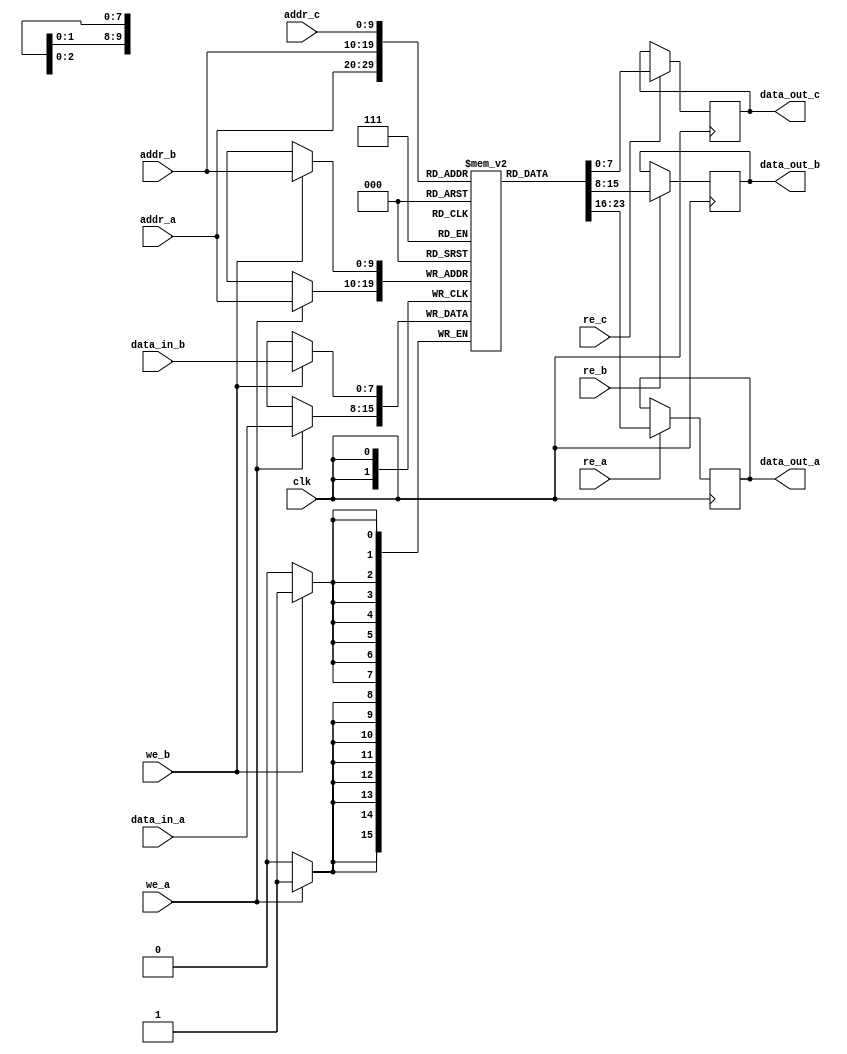
module triple_port_ram #(
    parameter DATA_WIDTH = 8,  // Width of the data bus
    parameter ADDR_WIDTH = 10,  // Width of the address bus
    parameter DEPTH = 1 << ADDR_WIDTH // Depth of the RAM
)(
    // Port A
    input wire [ADDR_WIDTH-1:0] addr_a,
    input wire [DATA_WIDTH-1:0] data_in_a,
    input wire we_a,  // Write Enable for Port A
    input wire re_a,  // Read Enable for Port A
    output reg [DATA_WIDTH-1:0] data_out_a,

    // Port B
    input wire [ADDR_WIDTH-1:0] addr_b,
    input wire [DATA_WIDTH-1:0] data_in_b,
    input wire we_b,  // Write Enable for Port B
    input wire re_b,  // Read Enable for Port B
    output reg [DATA_WIDTH-1:0] data_out_b,

    // Port C
    input wire [ADDR_WIDTH-1:0] addr_c,
    input wire re_c,  // Read Enable for Port C
    output reg [DATA_WIDTH-1:0] data_out_c,

    input wire clk  // Clock signal
);

    // Memory array
    reg [DATA_WIDTH-1:0] mem_array [0:DEPTH-1];

    // Port A operation
    always @(posedge clk) begin
        if (we_a) begin
            mem_array[addr_a] <= data_in_a; // Write data to memory
        end
        if (re_a) begin
            data_out_a <= mem_array[addr_a]; // Read data from memory
        end
    end

    // Port B operation
    always @(posedge clk) begin
        if (we_b) begin
            mem_array[addr_b] <= data_in_b; // Write data to memory
        end
        if (re_b) begin
            data_out_b <= mem_array[addr_b]; // Read data from memory
        end
    end

    // Port C operation
    always @(posedge clk) begin
        if (re_c) begin
            data_out_c <= mem_array[addr_c]; // Read data from memory
        end
    end

endmodule